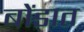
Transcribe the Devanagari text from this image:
बोंडात